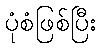
ပုံစံဖြစ်ပြီး